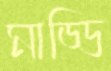
মাড্ডি